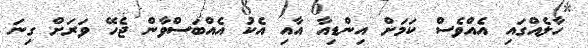
ހާލެއްގައި އެއްވެސް ކަމަށް އިންޑިއާ އާއި އެކު އެއްބަސްވާން ޖެހޭ ވަރަށް ގިނަ